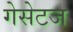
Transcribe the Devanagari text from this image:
गेसेटज